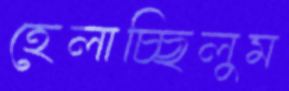
হেলাচ্ছিলুম